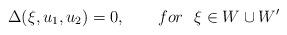
LaTeX: \begin{align*}\Delta (\xi ,u_{1},u_{2})=0,\qquad for~~\xi \in W\cup W^{\prime }\end{align*}